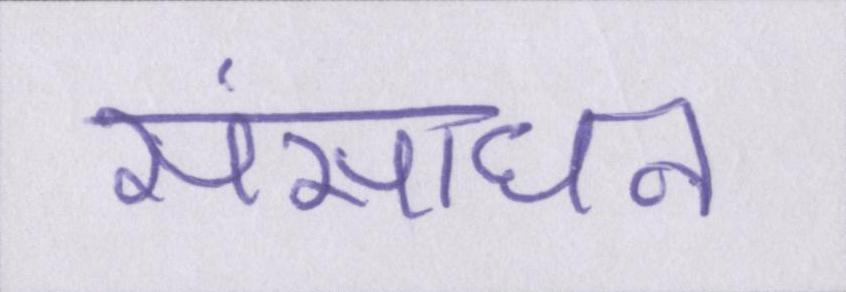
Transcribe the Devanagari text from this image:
संसाधन